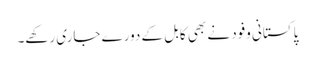
پاکستانی وفود نے بھی کابل کے دورے جاری رکھے۔